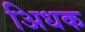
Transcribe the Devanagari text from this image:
अिधक